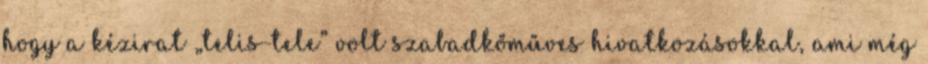
hogy a kézirat „telis-te­le” volt szabadkőműves hivatkozások­kal, ami még